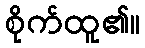
စိုက်ထူ၏။